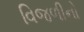
વિજળીનો